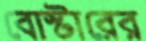
বোস্টারের